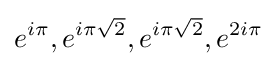
e^{i\pi },e^{i\pi {\sqrt {2}}},e^{i\pi {\sqrt {2}}},e^{2i\pi }